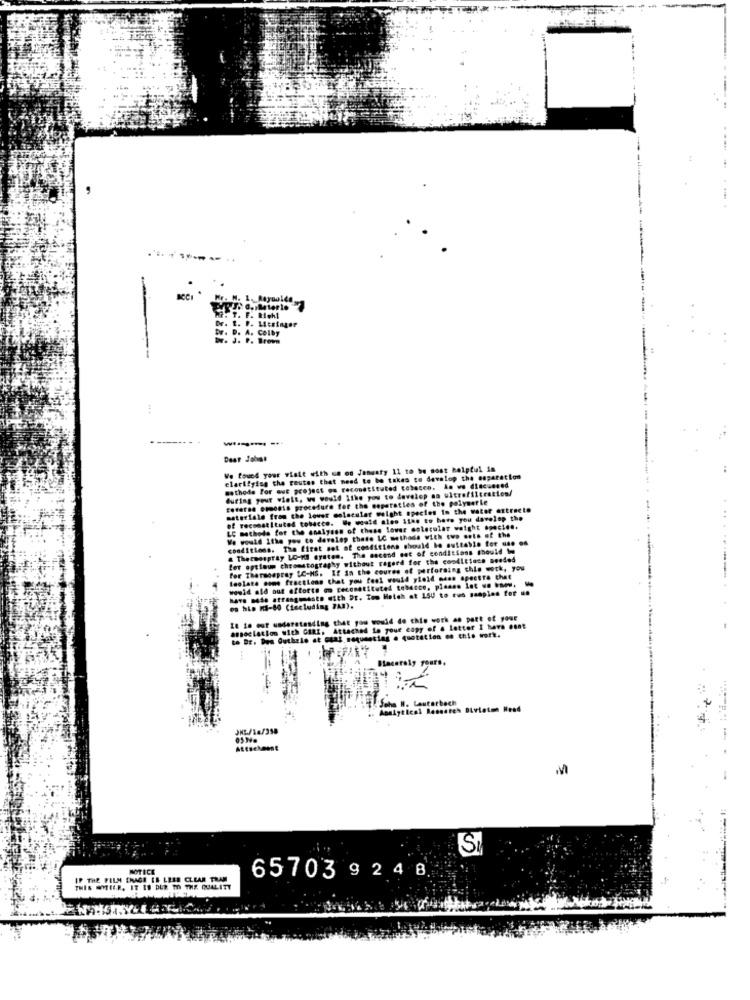
-
Dr. t. P. Lesinger
W. T. F. Rehl
br. D. A. COLby
Dr. J. P. Brown
We found your visit with un on January 11 to be most helpful in
clarifying the routes that need to be takes to develop the separation
methods For our project ou reconstituted tobacco. An we discussed
during your winkt, we would Like you to develop na ultrafiltration/
Esteras etmonia procedure for the soperaties of the polymerle
materiale from the lower molecular wolght species in the water extracto
of reconstituted tobacco. We would ales iine to have you develop the
LC methods for the analyses of these lower molecular weight species.
We would ithe you to develop thete LC methode with two sets of the
conditions. The first sot of conditions should be suitable for use od
& Thetwospray LO-KS Bysten. The second set of conditions should i
for optimum chromatography without tagerd for the conditions needed
for Thermospray LC-MS. If in the coures of performing chie work, you
toolate some fractions that you feel would yield muss spectra chat
wowid ald out oftorte om ceconstituted tobacco, please Let us know.
have made atrangomanto with Dr. Too Hotch at 15U to cus samples for un
os his KS-80 (including 7Am).
It in our understanding that you would do this work as part of your
association with GERI, Attached Lo your copy of a letter I havs cont
to Dr. Des Guthrie at Gtat sequencing . quotation on this work.
Hacerely yours,
JKL/14/338
Attachment
S
NOTICE
IF THE FILM ENAGE EN LEES CLEAR TRAM
65703 9 24 8
THIS WYTIER. IT 19 DUE TO THE QUALITY